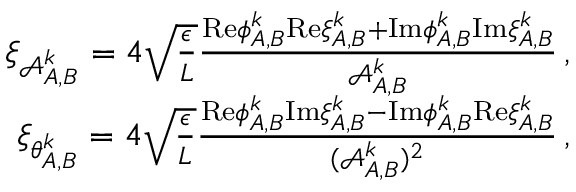
\begin{array} { r } { \xi _ { \mathcal { A } _ { A , B } ^ { k } } = 4 \sqrt { \frac { \epsilon } { L } } \frac { \mathrm { R e } { \phi } _ { A , B } ^ { k } \mathrm { R e } \xi _ { A , B } ^ { k } + \mathrm { I m } { \phi } _ { A , B } ^ { k } \mathrm { I m } \xi _ { A , B } ^ { k } } { \mathcal { A } _ { A , B } ^ { k } } \, , } \\ { \xi _ { \theta _ { A , B } ^ { k } } = 4 \sqrt { \frac { \epsilon } { L } } \frac { \mathrm { R e } { \phi } _ { A , B } ^ { k } \mathrm { I m } \xi _ { A , B } ^ { k } - \mathrm { I m } { \phi } _ { A , B } ^ { k } \mathrm { R e } \xi _ { A , B } ^ { k } } { ( \mathcal { A } _ { A , B } ^ { k } ) ^ { 2 } } \, , } \end{array}